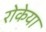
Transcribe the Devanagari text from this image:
रोकेया